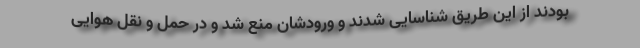
بودند از این طریق شناسایی شدند و ورودشان منع شد و در حمل و نقل هوایی